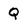
Character: Q